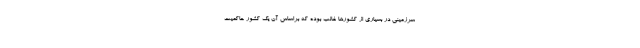
سرزمینی در بسیاری از کشورها غالب بوده که براساس آن یک کشور حاکمیت